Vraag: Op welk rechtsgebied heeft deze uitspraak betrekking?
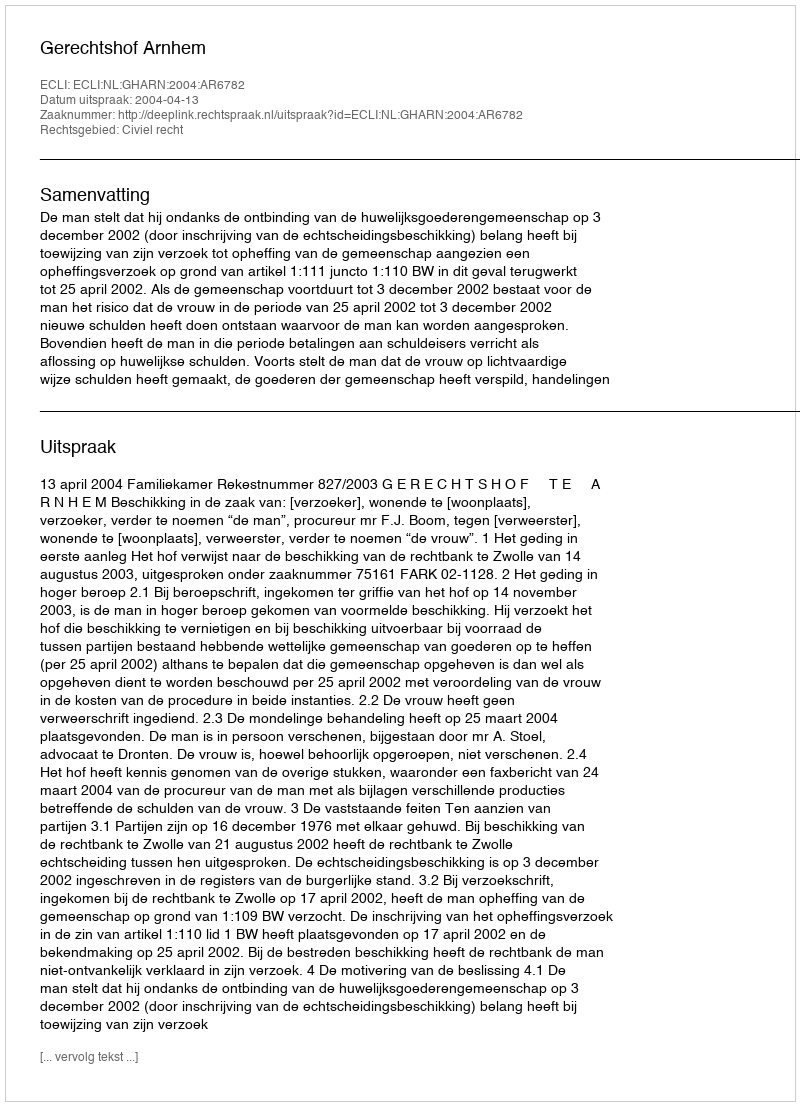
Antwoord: Civiel recht